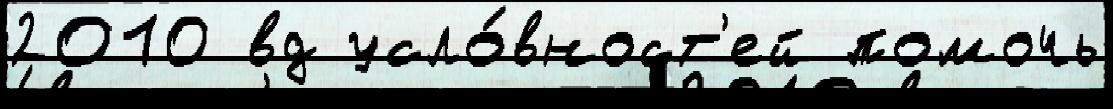
2010 вд усло́вност'ей помочь